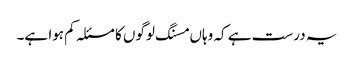
یہ درست ہے کہ وہاں مسنگ لوگوں کا مسئلہ کم ہوا ہے۔